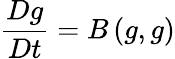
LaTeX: \frac{Dg}{Dt}=B\left(g,g\right)